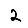
Digit: 2